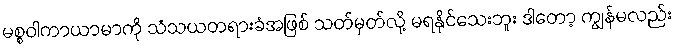
မစ္စဝါကာယာမာကို သံသယတရားခံအဖြစ် သတ်မှတ်လို့ မရနိုင်သေးဘူး ဒါတော့ ကျွန်မလည်း